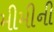
મીમીની